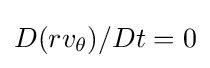
D(rv_{\theta })/Dt=0